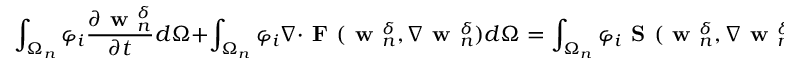
\int _ { \Omega _ { n } } \varphi _ { i } \frac { \partial { \textbf { w } _ { n } ^ { \delta } } } { \partial { t } } d \Omega + \int _ { \Omega _ { n } } \varphi _ { i } \nabla \cdot \textbf { F } ( \textbf { w } _ { n } ^ { \delta } , \nabla \textbf { w } _ { n } ^ { \delta } ) d \Omega = \int _ { \Omega _ { n } } \varphi _ { i } \textbf { S } ( \textbf { w } _ { n } ^ { \delta } , \nabla \textbf { w } _ { n } ^ { \delta } ) d \Omega \quad \forall \varphi _ { i } \in \mathcal { V } .